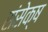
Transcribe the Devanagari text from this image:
संसेक्ष